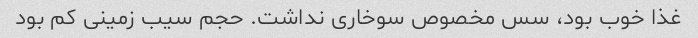
غذا خوب بود، سس مخصوص سوخاری نداشت. حجم سیب زمینی کم بود